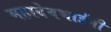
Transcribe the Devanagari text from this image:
महादेवभाईंनी